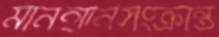
মানহানিসংক্রান্ত